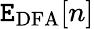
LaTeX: \mathtt{E}_{\mathrm{{DFA}}}[n]